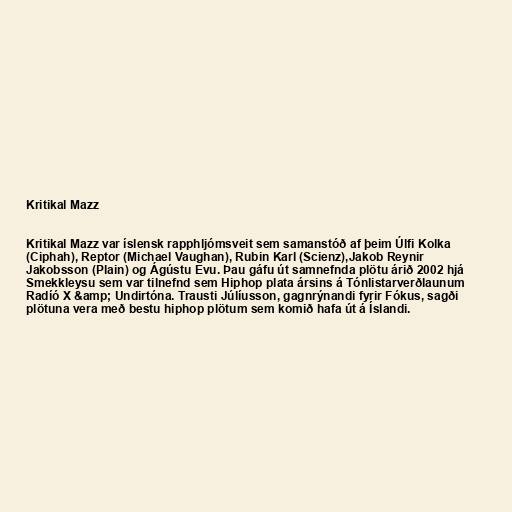
Kritikal Mazz

Kritikal Mazz var íslensk rapphljómsveit sem samanstóð af þeim Úlfi Kolka
(Ciphah), Reptor (Michael Vaughan), Rubin Karl (Scienz),Jakob Reynir
Jakobsson (Plain) og Ágústu Evu. Þau gáfu út samnefnda plötu árið 2002 hjá
Smekkleysu sem var tilnefnd sem Hiphop plata ársins á Tónlistarverðlaunum
Radíó X &amp; Undirtóna. Trausti Júlíusson, gagnrýnandi fyrir Fókus, sagði
plötuna vera með bestu hiphop plötum sem komið hafa út á Íslandi.